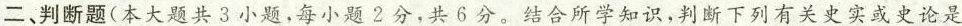
二、判断题(本大题共3小题，每小题2分，共6分。结合所学知识，判断下列有关史实或史论